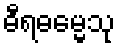
ဓီရဓမ္မေသု